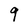
Character: q